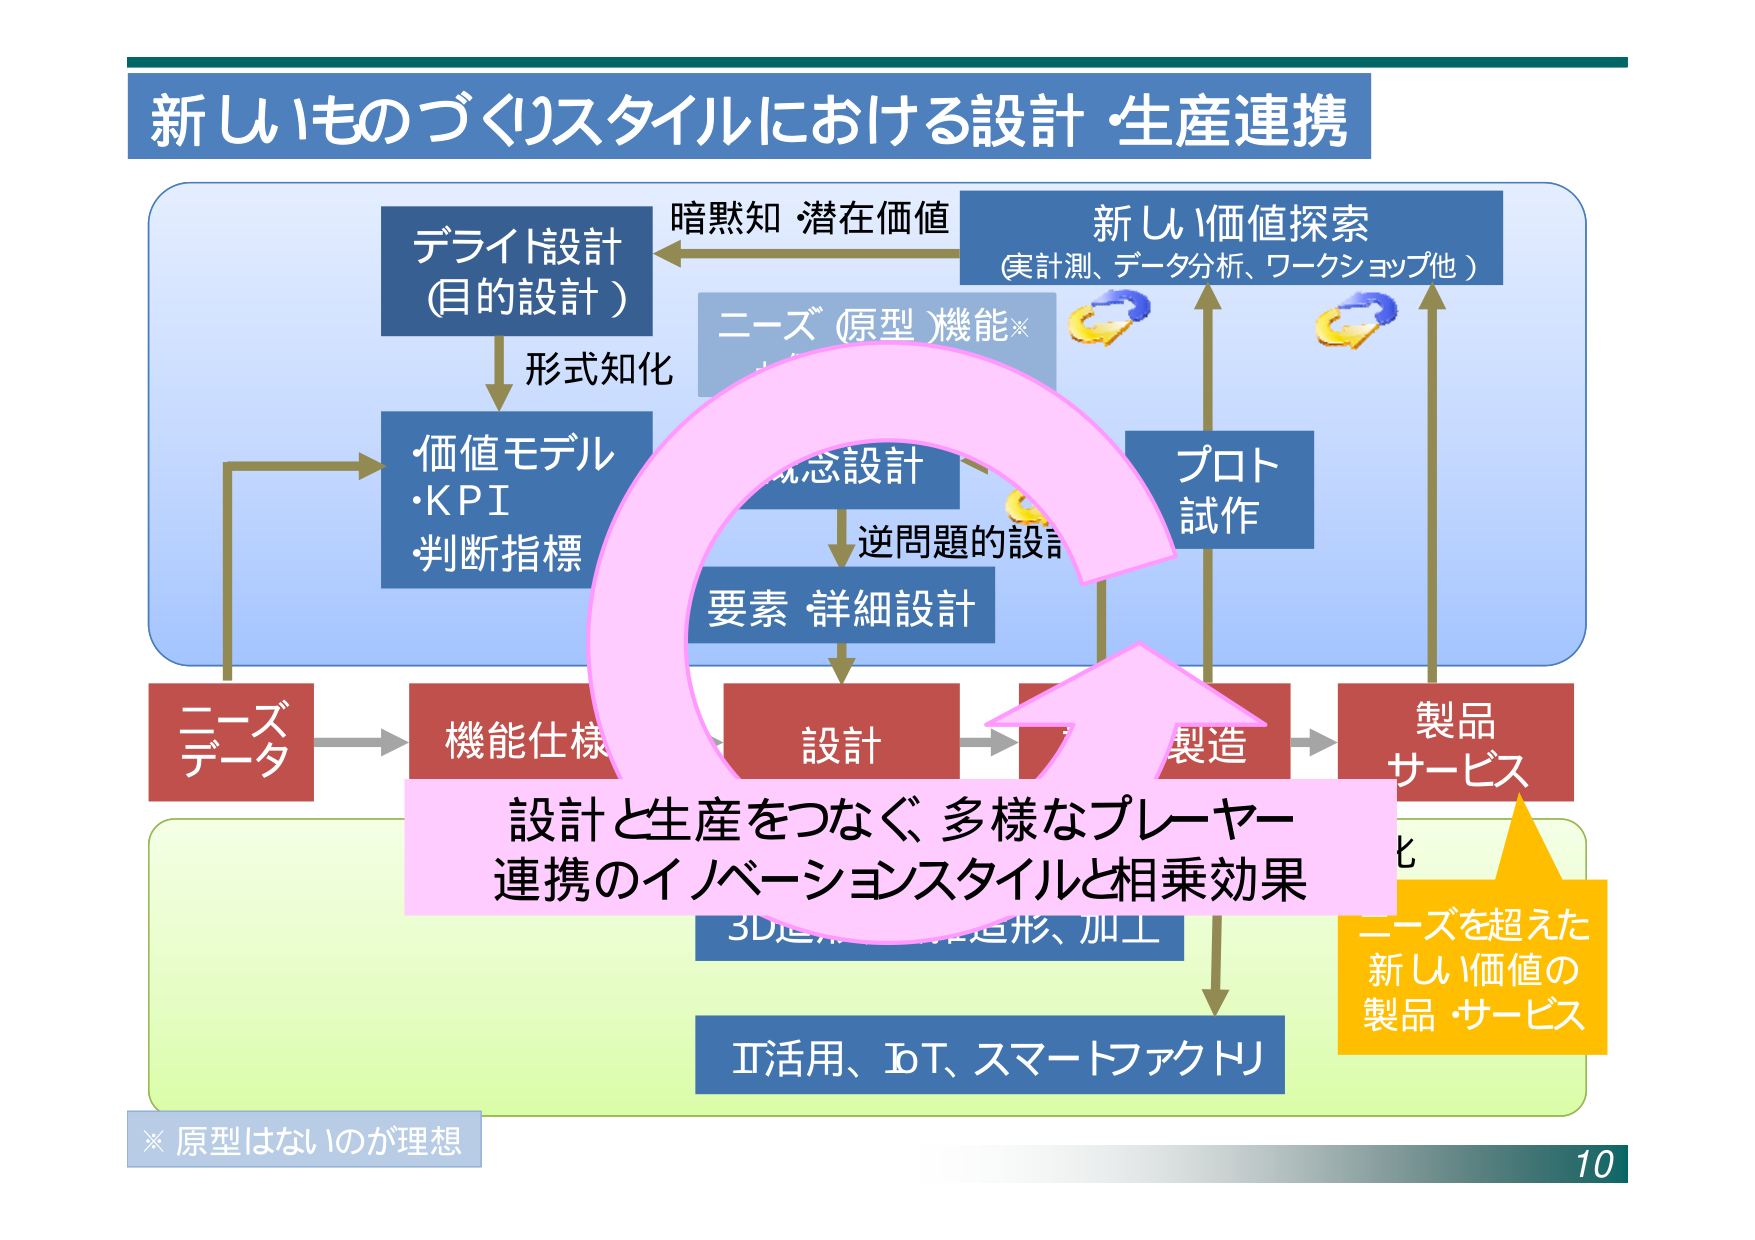
新しいものづくりスタイルにおける設計・生産連携

デライド設計
(目的設計)

暗黙知・潜在価値

新しい価値探索
(実計測、データ分析、ワークショップ他)

ニーズ(原型)機能※

形式知化

価値モデル
・KPI
・判断指標

概念設計

逆問題的設計

要素・詳細設計

プロト
試作

ニーズ
データ

機能仕様

設計

製造

製品
サービス

設計と生産をつなぐ 多様なプレーヤー
連携のイノベーションスタイルと相乗効果

3D造形、加工作、加工

II活用、IoT、スマートファクトリ

※ 原型はないのが理想

ニーズを超えた
新しい価値の
製品・サービス

10